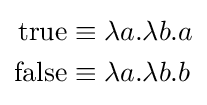
{\begin{aligned}\operatorname {true} &\equiv \lambda a.\lambda b.a\\\operatorname {false} &\equiv \lambda a.\lambda b.b\end{aligned}}